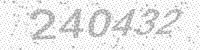
Solution: 240432